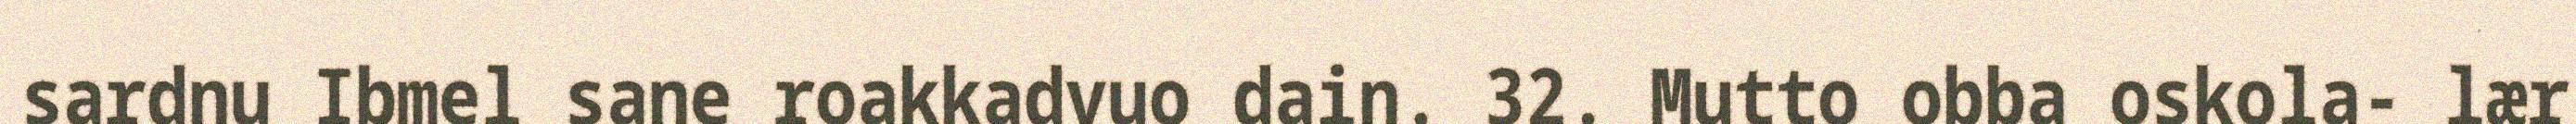
sardnu Ibmel sane roakkadvuo dain. 32. Mutto obba oskola- lær